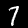
Label: 7